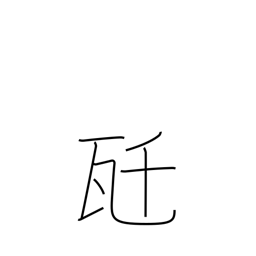
Meaning: kilogram